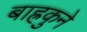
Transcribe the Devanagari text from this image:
बाह्रकुने